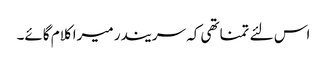
اس لئے تمناتھی کہ سریندر میرا کلام گائے۔